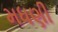
મધણી